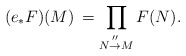
\begin{align*}(e_*F)(M) \,= \prod_{N\buildrel ''\over\to M} F(N). \end{align*}